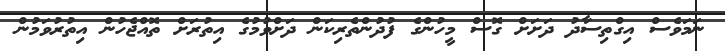
ނަމަވެސް އިގްތިސާދު ދަށަށް ގޮސް މީހުންގެ ފުދުންތެރިކަން ދަށްވުމުގެ އިތުރަށް ތޮއްޖެހުން އިތުރުވަމުން